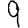
Digit: 9